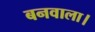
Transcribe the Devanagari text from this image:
बनवाला।